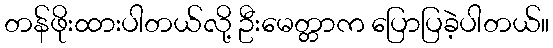
တန်ဖိုးထားပါတယ်လို့ ဦးမေတ္တာက ပြောပြခဲ့ပါတယ်။